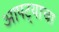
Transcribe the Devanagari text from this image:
आपट्याचा